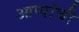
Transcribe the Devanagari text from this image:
आप्पांची